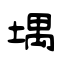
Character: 堣